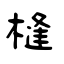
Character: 槰